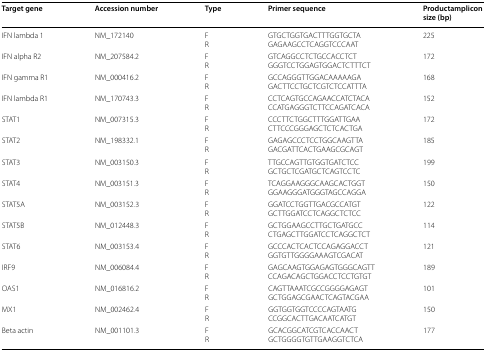
<table><thead><tr><td><b>Target gene</b></td><td><b>Accession number</b></td><td><b>Type</b></td><td><b>Primer sequence</b></td><td><b>Productamplicon size (bp)</b></td></tr></thead><tbody><tr><td>IFN lambda 1</td><td>NM_172140</td><td>FR</td><td>GTGCTGGTGACTTTGGTGCTAGAGAAGCCTCAGGTCCCAAT</td><td>225</td></tr><tr><td>IFN alpha R2</td><td>NM_207584.2</td><td>FR</td><td>GTCAGGCCTCTGCCACCTCTGGGTCCTGGAGTGGACTCTTTCT</td><td>172</td></tr><tr><td>IFN gamma R1</td><td>NM_000416.2</td><td>FR</td><td>GCCAGGGTTGGACAAAAAGAGACTTCCTGCTCGTCTCCATTTA</td><td>168</td></tr><tr><td>IFN lambda R1</td><td>NM_170743.3</td><td>FR</td><td>CCTCAGTGCCAGAACCATCTACACCATGAGGGTCTTCCAGATCACA</td><td>152</td></tr><tr><td>STAT1</td><td>NM_007315.3</td><td>FR</td><td>CCCTTCTGGCTTTGGATTGAACTTCCCGGGAGCTCTCACTGA</td><td>172</td></tr><tr><td>STAT2</td><td>NM_198332.1</td><td>FR</td><td>GAGAGCCCTCCTGGCAAGTTAGACGATTCACTGAAGCGCAGT</td><td>185</td></tr><tr><td>STAT3</td><td>NM_003150.3</td><td>FR</td><td>TTGCCAGTTGTGGTGATCTCCGCTGCTCGATGCTCAGTCCTC</td><td>199</td></tr><tr><td>STAT4</td><td>NM_003151.3</td><td>FR</td><td>TCAGGAAGGGCAAGCACTGGTGGAAGGGATGGGTAGCCAGGA</td><td>150</td></tr><tr><td>STAT5A</td><td>NM_003152.3</td><td>FR</td><td>GGATCCTGGTTGACGCCATGTGCTTGGATCCTCAGGCTCTCC</td><td>122</td></tr><tr><td>STAT5B</td><td>NM_012448.3</td><td>FR</td><td>GCTGGAAGCCTTGCTGATGCCCTGAGCTTGGATCCTCAGGCTCT</td><td>114</td></tr><tr><td>STAT6</td><td>NM_003153.4</td><td>FR</td><td>GCCCACTCACTCCAGAGGACCTGGTGTTGGGGAAAGTCGACAT</td><td>121</td></tr><tr><td>IRF9</td><td>NM_006084.4</td><td>FR</td><td>GAGCAAGTGGAGAGTGGGCAGTTCCAGACAGCTGGACCTCCTGTGT</td><td>189</td></tr><tr><td>OAS1</td><td>NM_016816.2</td><td>FR</td><td>CAGTTAAATCGCCGGGGAGAGTGCTGGAGCGAACTCAGTACGAA</td><td>101</td></tr><tr><td>MX1</td><td>NM_002462.4</td><td>FR</td><td>GGTGGTGGTCCCCAGTAATGCCGGCACTTGACAATCATGT</td><td>150</td></tr><tr><td>Beta actin</td><td>NM_001101.3</td><td>FR</td><td>GCACGGCATCGTCACCAACTGCTGGGGTGTTGAAGGTCTCA</td><td>177</td></tr></tbody></table>